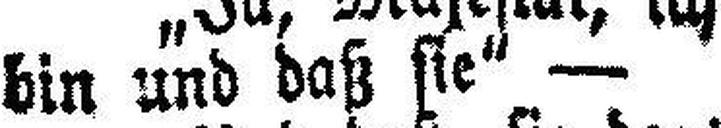
bin und daß sie“ —